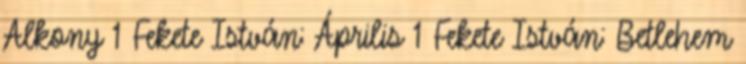
Alkony 1 Fekete István: Április 1 Fekete István: Betlehem